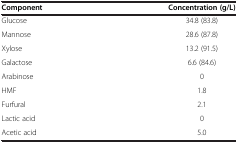
| Component | Concentration (g/L) |
 | --- | --- |
 | Glucose | 34.8 (83.8) |
 | Mannose | 28.6 (87.8) |
 | Xylose | 13.2 (91.5) |
 | Galactose | 6.6 (84.6) |
 | Arabinose | 0 |
 | HMF | 1.8 |
 | Furfural | 2.1 |
 | Lactic acid | 0 |
 | Acetic acid | 5.0 |